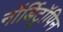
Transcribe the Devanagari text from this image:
नॉर्डिट्रॉपिन